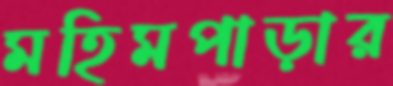
মহিমপাড়ার